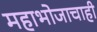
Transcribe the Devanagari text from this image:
महाभोजाचाही